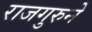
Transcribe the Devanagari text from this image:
राजगुरुने